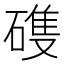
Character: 𮀺